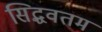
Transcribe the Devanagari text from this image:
सिद्धवतम